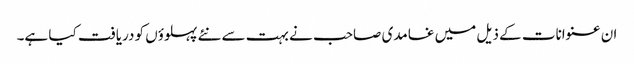
ان عنوانات کے ذیل میں غامدی صاحب نے بہت سے نئے پہلوؤں کو دریافت کیا ہے۔